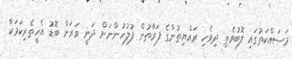
މަސައްކަތުގައި ލޮބުވެތި ދިވެހި ރައްޔިތުންގެ ފަރާތުން ފުލުހުންނަށް ދަނީ ވަރަށް ބޮޑު އެހީތެރިކަމަކާ